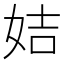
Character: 姞